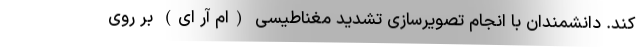
کند. دانشمندان با انجام تصویرسازی تشدید مغناطیسی (ام آر ای) بر روی